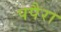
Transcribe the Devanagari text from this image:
पपैरा